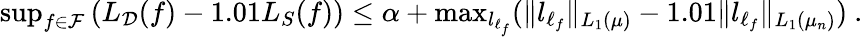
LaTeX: \begin{array}{r}{\operatorname*{sup}_{f\in\mathcal{F}}\left(L_{\mathcal{D}}(f)-1.01L_{S}(f)\right)\leq\alpha+\operatorname*{max}_{l_{\ell_{f}}}(\Vert l_{\ell_{f}}\Vert_{L_{1}(\mu)}-1.01\Vert l_{\ell_{f}}\Vert_{L_{1}(\mu_{n})})~.}\end{array}